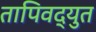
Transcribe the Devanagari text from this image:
तापिवद्युत